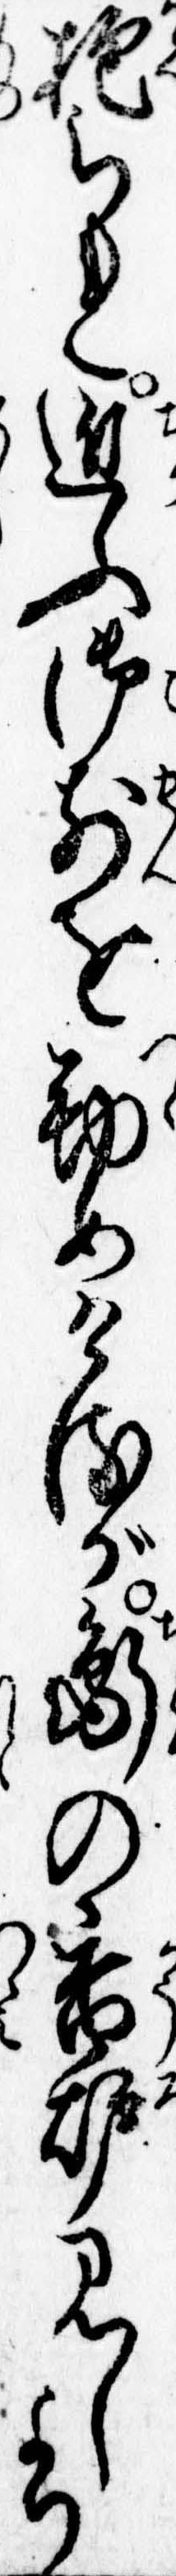
抱られ近ふ御前を勤めけるが鵆の香炉見しより